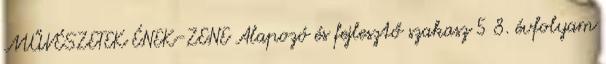
MŰVÉSZETEK ÉNEK-ZENE Alapozó és fejlesztő szakasz 5 8. évfolyam